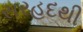
સરહદથી